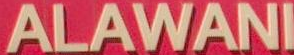
ALAWANI